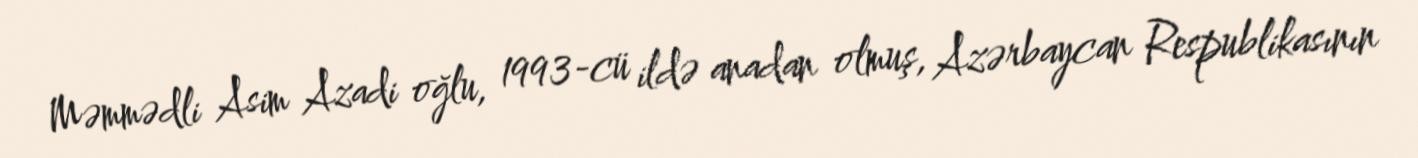
Məmmədli Asim Azadi oğlu, 1993-cü ildə anadan olmuş, Azərbaycan Respublikasının